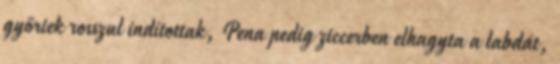
győriek rosszul indítottak, Pena pedig ziccerben elhagyta a labdát,